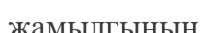
жамылгының